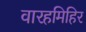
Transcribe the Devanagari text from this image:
वारहमिहिर